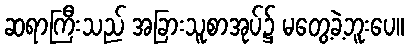
ဆရာကြီးသည် အခြားသူစာအုပ်၌ မတွေ့ခဲ့ဘူးပေ။